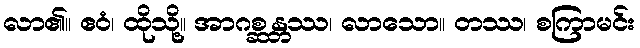
လာ၏။ ဧဝံ၊ ထိုသို့။ အာဂစ္ဆန္တဿ၊ လာသော။ တဿ၊ စကြာမင်း